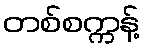
တစ်စက္ကန့်